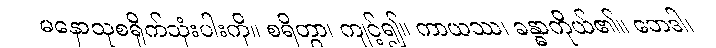
မနောသုစရိုက်သုံးပါးကို။ စရိတွာ၊ ကျင့်၍။ ကာယဿ၊ ခန္ဓာကိုယ်၏။ ဘေဒါ၊